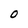
Character: O